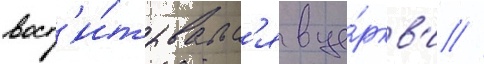
восп'и́тывалс'я в це́ркв'и //